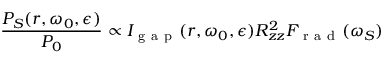
\frac { P _ { S } ( \boldsymbol { r } , \omega _ { 0 } , \epsilon ) } { P _ { 0 } } \propto I _ { \mathrm { ~ g ~ a ~ p ~ } } ( \boldsymbol { r } , \omega _ { 0 } , \epsilon ) R _ { z z } ^ { 2 } F _ { \mathrm { ~ r ~ a ~ d ~ } } ( \omega _ { S } )